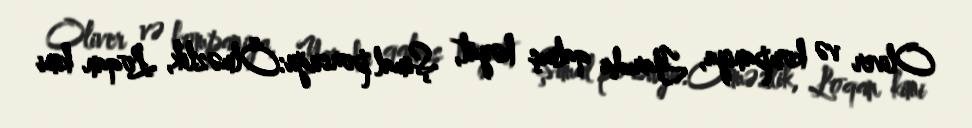
Oliver və kompaniya, Yarıda qalmış həyat, Şimal porsuğu:Ölməzlik, Loqan kimi